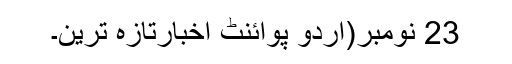
23 نومبر(اُردو پوائنٹ اخبارتازہ ترین۔